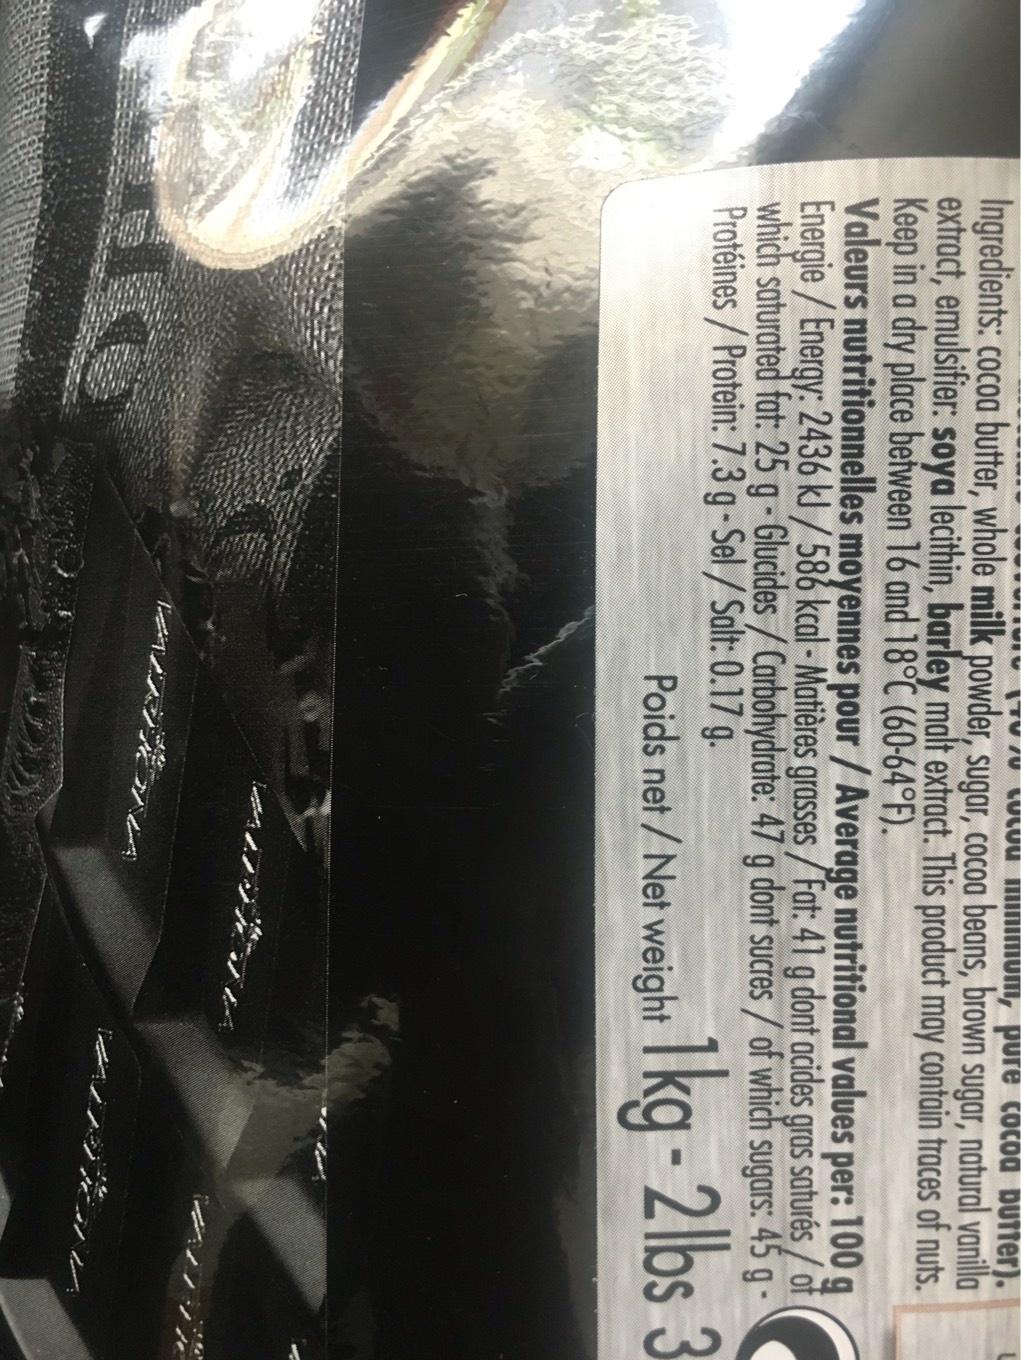
LULOU
m, pure cocoa butter).
Ingredients: cocoa butter, whole milk powder, sugar, cocoa beans, brown sugar, natural vanilla extract, emulsifier: soya lecithin, barley malt extract. This product may contain traces of nuts. Keep in a dry place between 16 and 18°C (60-64°F).
Valeurs nutritionnelles moyennes pour /Average nutritional values per: 100 g Energie/Energy: 2436 kJ/586 kcal - Matières grasses/Fat: 41 g dont acides gras saturés/of which saturated fat: 25 g-Glucides/Carbohydrate: 47 g dont sucres/ of which sugars: 45 g - Protéines/Protein: 7.3 g-Sel/Salt: 0.17 g.
Poids net/Net weight
1kg-2lbs 3
16